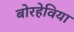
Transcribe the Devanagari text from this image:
बोरहेविया